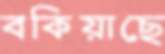
বকিয়াছে